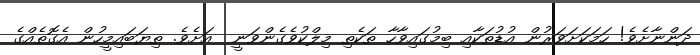
ދަންނާށެވެ! ހަމަކަށަވަރުން އުޑުތަކާއި ބިމުގައިވާހާ ތަކެތި މިލްކުވެގެންވަނީ  އަށެވެ. ތިޔަބައިމީހުން އެގޮތެއްގެ